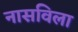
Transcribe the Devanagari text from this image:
नासविला